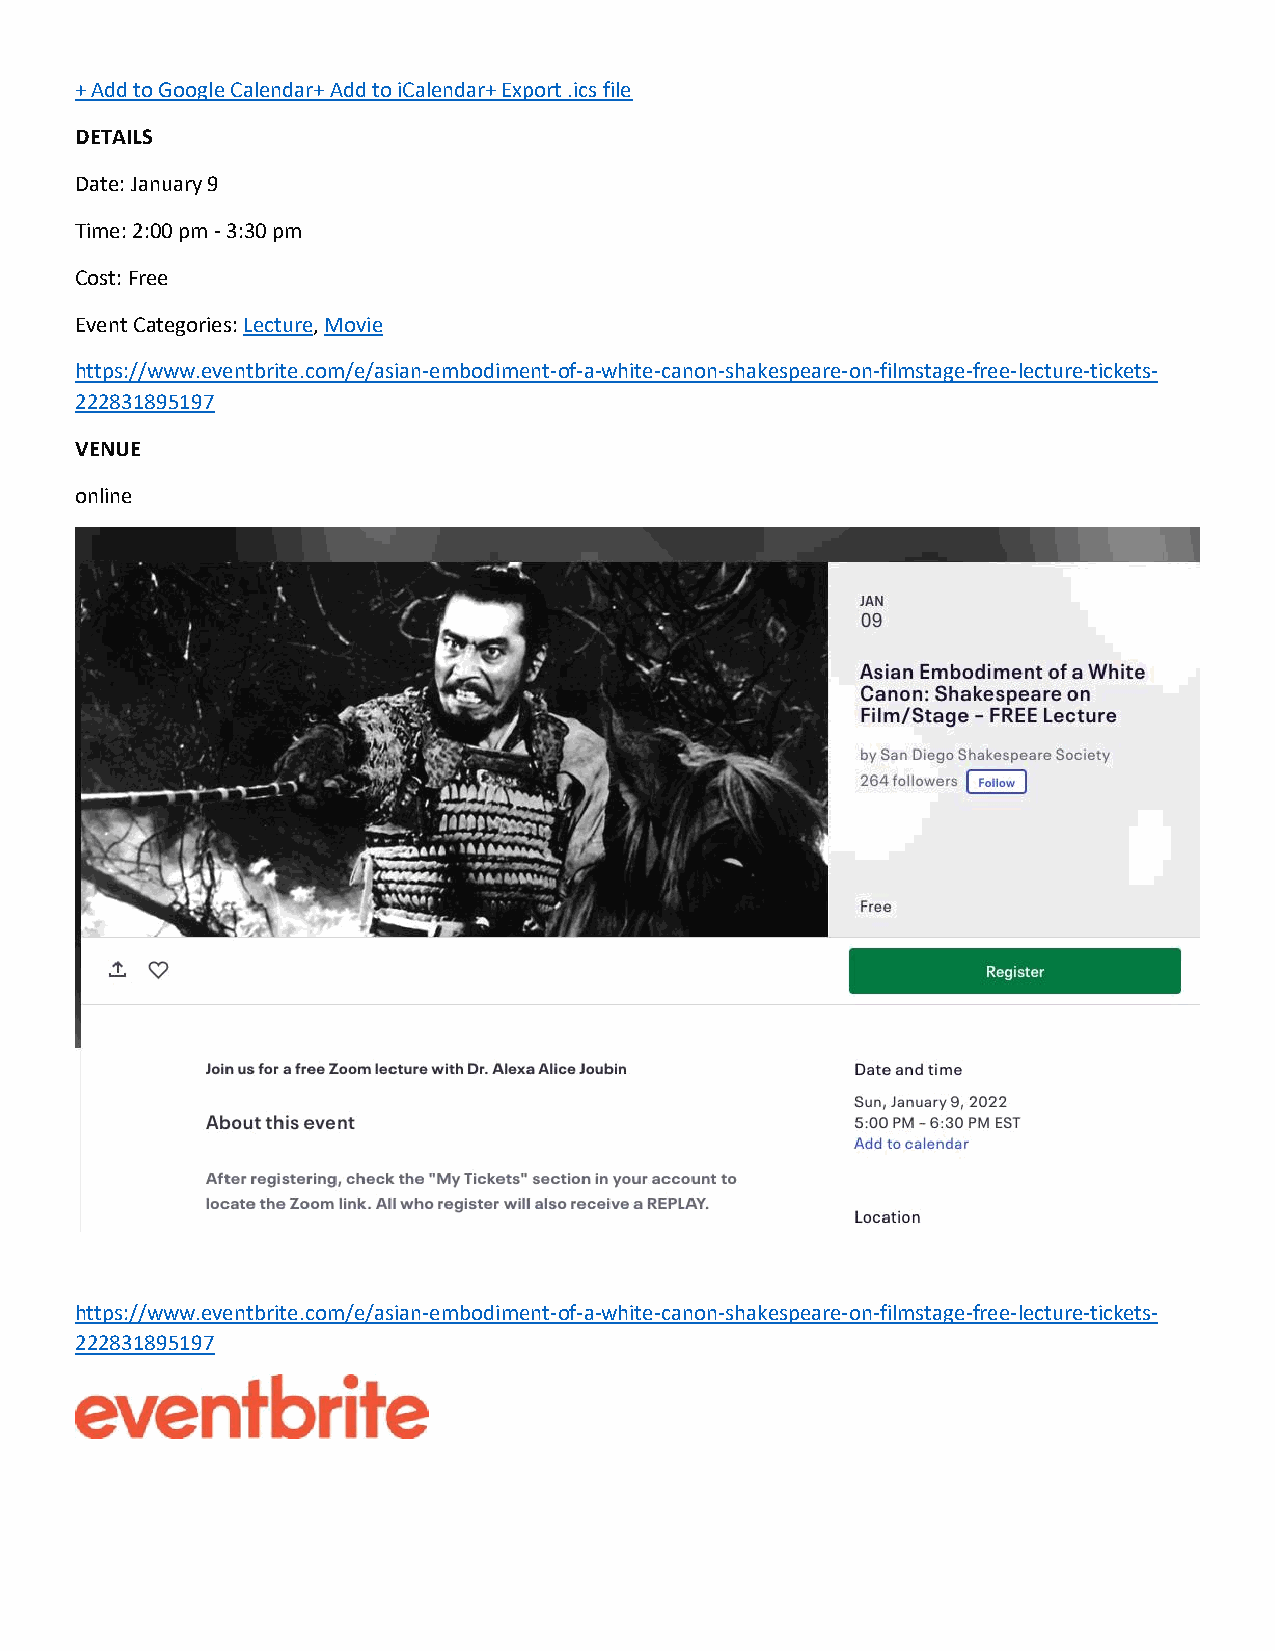
+ Add to Google Calendar+ Add to iCalendar+ Export .ics file
 DETAILS
 Date: January 9
 Time: 2:00 pm - 3:30 pm
 Cost: Free
 Event Categories: Lecture, Movie
 https://www.eventbrite.com/e/asian-embodiment-of-a-white-canon-shakespeare-on-filmstage-free-lecture-tickets-
 222831895197
 VENUE
 online
 https://www.eventbrite.com/e/asian-embodiment-of-a-white-canon-shakespeare-on-filmstage-free-lecture-tickets-
 222831895197